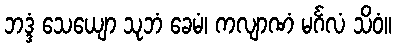
ဘဒ္ဒံ သေယျော သုဘံ ခေမံ၊ ကလျာဏံ မင်္ဂလံ သိဝံ။